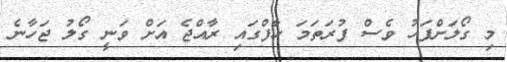
މި ގޯލަށްފަހު ވެސް ފުރަތަމަ ހާފްގައި ރާއްޖެ އަށް ވަނީ ގޯލު ޖަހާނެ